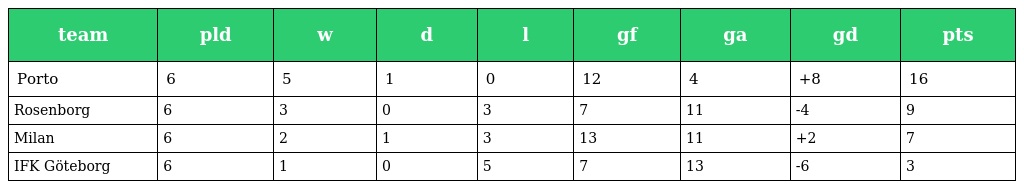
| team | pld | w | d | l | gf | ga | gd | pts |
 | --- | --- | --- | --- | --- | --- | --- | --- | --- |
 | Porto | 6 | 5 | 1 | 0 | 12 | 4 | +8 | 16 |
 | Rosenborg | 6 | 3 | 0 | 3 | 7 | 11 | -4 | 9 |
 | Milan | 6 | 2 | 1 | 3 | 13 | 11 | +2 | 7 |
 | IFK Göteborg | 6 | 1 | 0 | 5 | 7 | 13 | -6 | 3 |